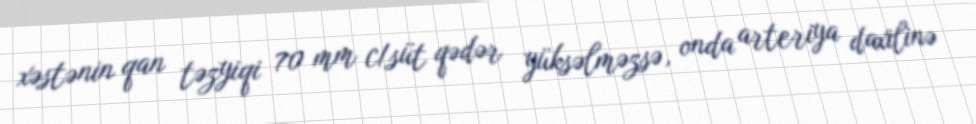
xəstənin qan təzyiqi 70 mm c/süt qədər yüksəlməzsə, onda arteriya daxilinə